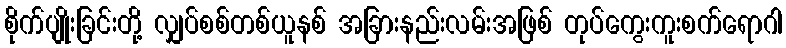
စိုက်ပျိုးခြင်းတို့ လျှပ်စစ်တစ်ယူနစ် အခြားနည်းလမ်းအဖြစ် တုပ်ကွေးကူးစက်ရောဂါ